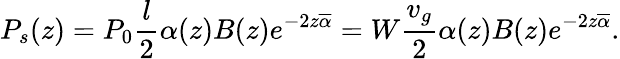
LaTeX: P_{s}(z)=P_{0}\frac{l}{2}\alpha(z)B(z)e^{-2z\overline{{\alpha}}}=W\frac{v_{g}}{2}\alpha(z)B(z)e^{-2z\overline{{\alpha}}}.